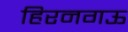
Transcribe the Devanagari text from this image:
हिरनगऊ